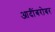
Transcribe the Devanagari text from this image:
आदींबरोबर